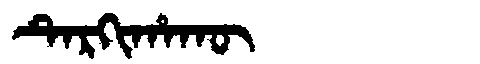
Manchu: ᡨᡝᡵᡴᡳᡥᠠᡴᡡ
Romanization: TERKIHAKŪ